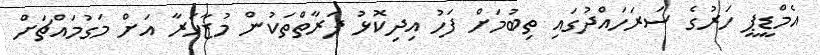
އެމްޑީޕީ ހަރުގެ ސަރަހައްދުގައި ތިބުމަށް ފަހު އިދިކޮޅު ފަރާތްތަކުން މުޒާހަރާ އަށް މަގުމައްޗަށް